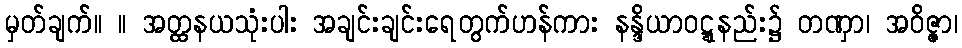
မှတ်ချက်။ ။ အတ္ထနယသုံးပါး အချင်းချင်းရေတွက်ဟန်ကား နန္ဒိယာဝဋ္ဋနည်း၌ တဏှာ၊ အဝိဇ္ဇာ၊